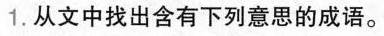
1.从文中找出含有下列意思的成语。